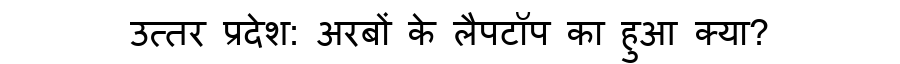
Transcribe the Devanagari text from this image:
उत्तर प्रदेश: अरबों के लैपटॉप का हुआ क्या?